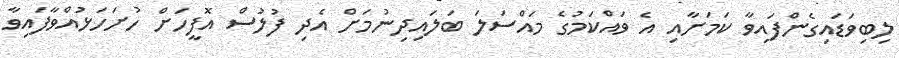
ލިބިވަޑައިގެންފައިވާ ކަމަށާއި އެ ވައްކަމުގެ މައްސަލަ ބަލައިދިނުމަށް އެދި ފުލުސް އޮފީހަށް ހުށަހަޅުއްވާފައިވާ